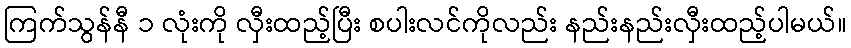
ကြက်သွန်နီ ၁ လုံးကို လှီးထည့်ပြီး စပါးလင်ကိုလည်း နည်းနည်းလှီးထည့်ပါမယ်။